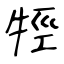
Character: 牼